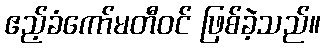
ဧည့်ခံကော်မတီဝင် ဖြစ်ခဲ့သည်။